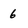
Character: 6